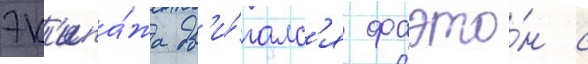
эк'ипа́жа дв'и́галс'я фаэто́н с